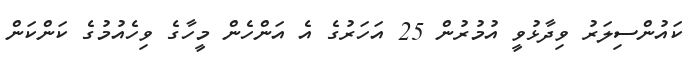
ކައުންސިލަރު ވިދާޅުވީ އުމުރުން 25 އަހަރުގެ އެ އަންހެން މީހާގެ ވިހެއުމުގެ ކަންކަން